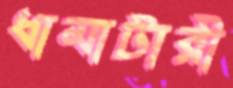
ধামাটারী